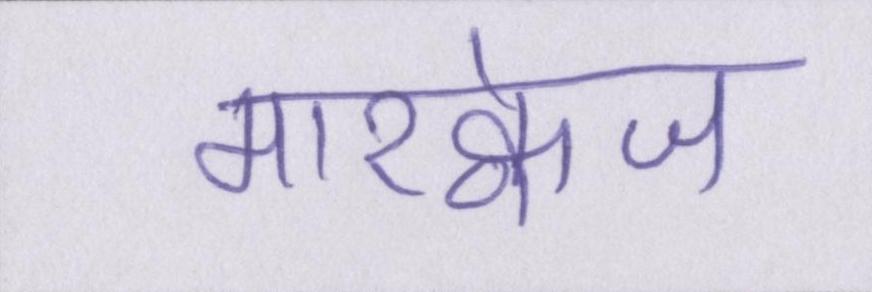
मारक्वेज